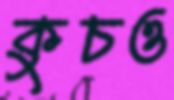
কুচও